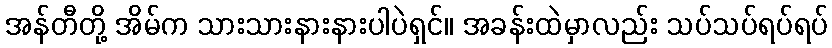
အန်တီတို့ အိမ်က သားသားနားနားပါပဲရှင်။ အခန်းထဲမှာလည်း သပ်သပ်ရပ်ရပ်